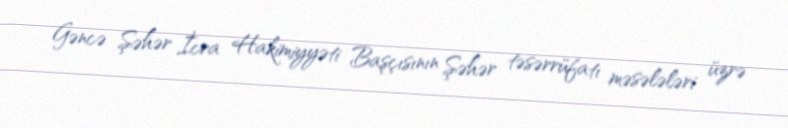
Gəncə Şəhər İcra Hakimiyyəti Başçısının Şəhər təsərrüfatı məsələləri üzrə